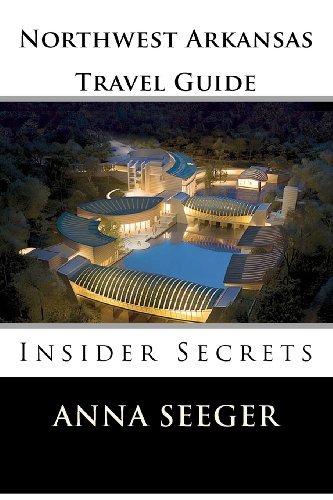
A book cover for Northwest Arkansas Travel Guide : Insider Secrets: Insider Secrets (Bentonville, Rogers, Fayetteville & Eureka Springs) [Paperback] [US] (Author) Anna Seeger; Travel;